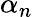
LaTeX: \alpha_{n}